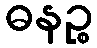
ဓနဉ္စ